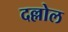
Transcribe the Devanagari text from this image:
दल्लोल